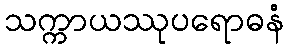
သက္ကာယဿုပရောဓနံ